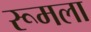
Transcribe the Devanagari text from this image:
रूमला